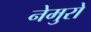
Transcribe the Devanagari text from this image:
नेमुरो